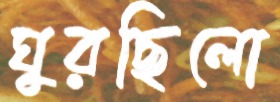
ঘুরছিলো